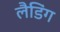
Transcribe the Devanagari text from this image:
लैडिंग